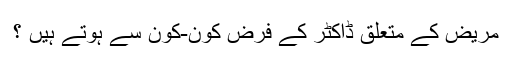
مریض کے متعلق ڈاکٹر کے فرض کون-کون سے ہوتے ہیں ؟